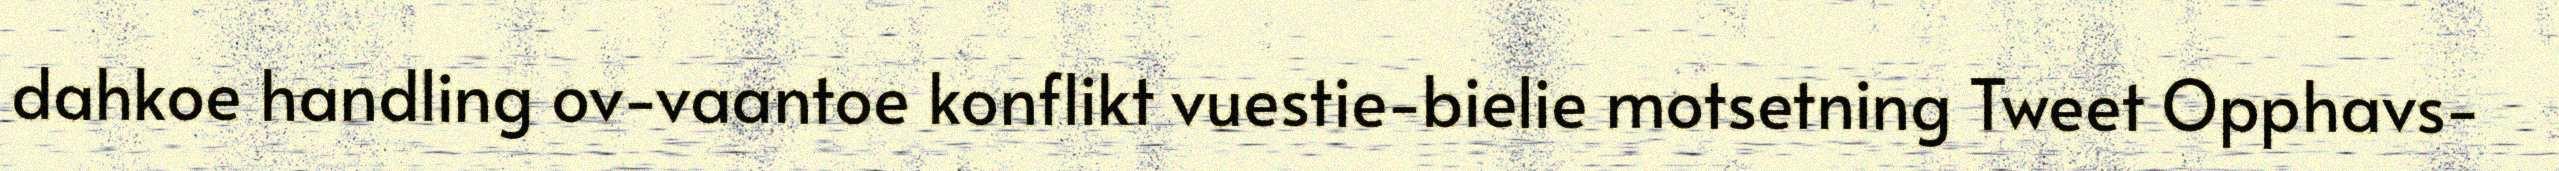
dahkoe handling ov-vaantoe konflikt vuestie-bielie motsetning Tweet Opphavs-